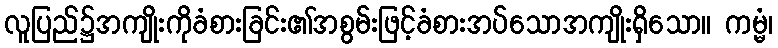
လူပြည်၌အကျိုးကိုခံစားခြင်း၏အစွမ်းဖြင့်ခံစားအပ်သောအကျိုးရှိသော။ ကမ္မံ၊